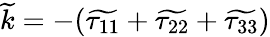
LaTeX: \widetilde{k}=-(\widetilde{\tau_{11}}+\widetilde{\tau_{22}}+\widetilde{\tau_{33}})